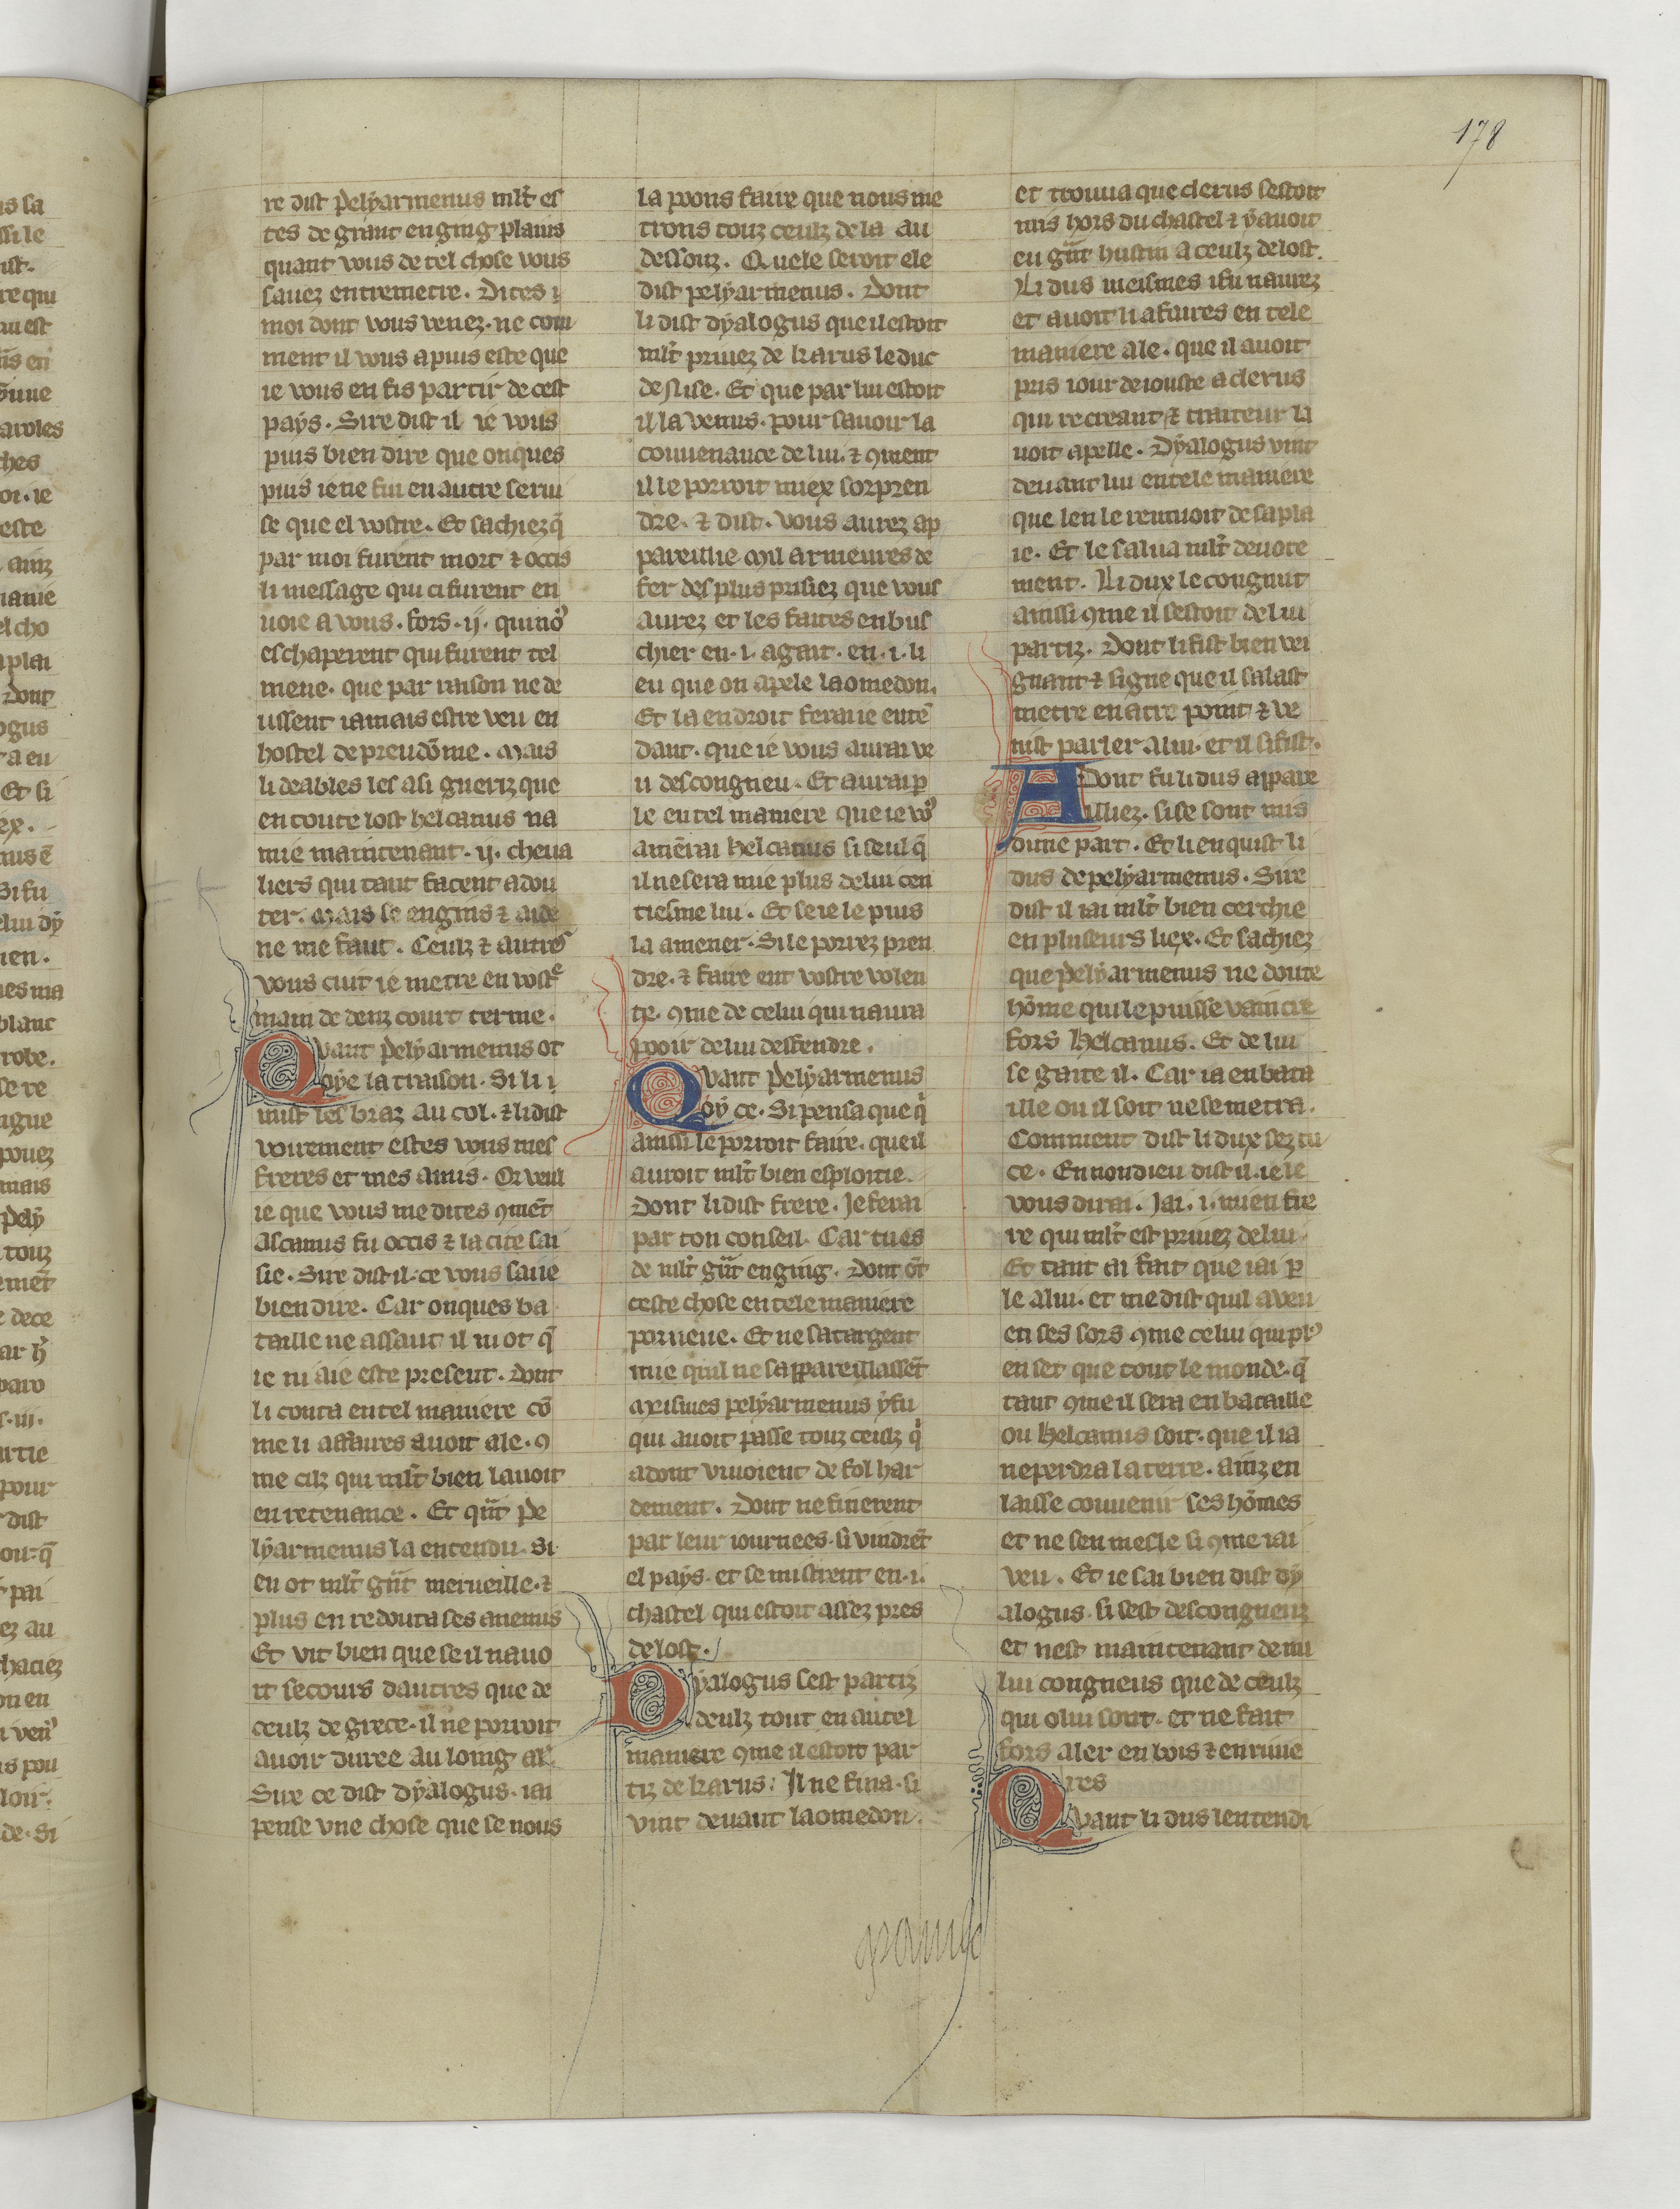
Shelfmark: Paris, BnF, fr. 22549
Century: 14